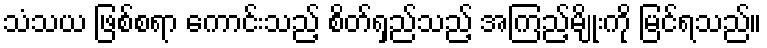
သံသယ ဖြစ်စရာ ကောင်းသည့် စိတ်ရှည်သည့် အကြည့်မျိုးကို မြင်ရသည်။